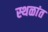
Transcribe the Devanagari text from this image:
स्थळांत